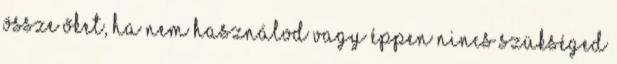
össze őket, ha nem használod vagy éppen nincs szükséged